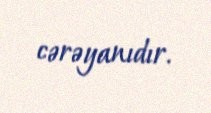
cərəyanıdır.